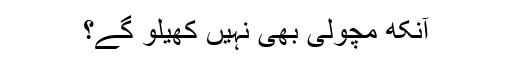
آنکھ مچولی بھی نہیں کھیلو گے؟